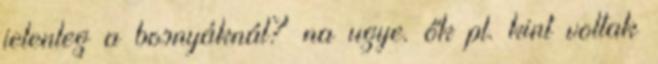
jelenleg a bosnyáknál? na ugye. ők pl. kint voltak